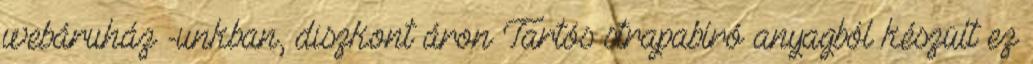
webáruház -unkban, diszkont áron Tartós strapabíró anyagból készült ez